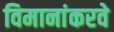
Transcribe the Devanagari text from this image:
विमानांकरवे